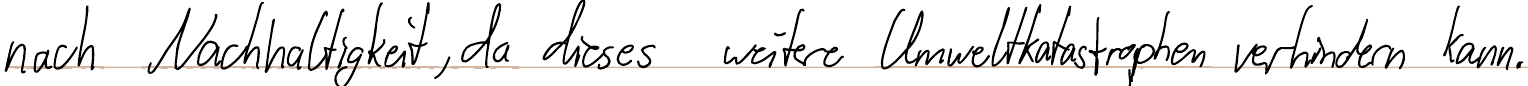
nach Nachhaltigkeit, da dieses weitere Umweltkatastrophen verhindern kann.